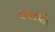
વધારશો